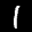
Label: 1